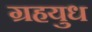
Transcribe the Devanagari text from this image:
ग्रहयुध